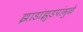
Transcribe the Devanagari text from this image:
झाडांझुडपांमुळे